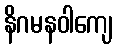
နိဂမနဝါကျေ